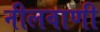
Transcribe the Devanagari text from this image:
नीलवाणी